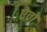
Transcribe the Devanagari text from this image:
ऐव्रो